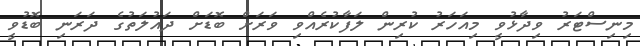
މިނިސްޓަރު ވިދާޅުވީ މިއަހަރު ކުރިން ލަފާކުރެއްވި ވަރަށް ބޮޑަށް ދައުލަތުގެ ދަރަނި ބޮޑުވީ